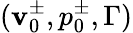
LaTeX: (\mathbf{v}_{0}^{\pm},p_{0}^{\pm},\Gamma)